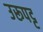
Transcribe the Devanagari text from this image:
उरूपट्ट